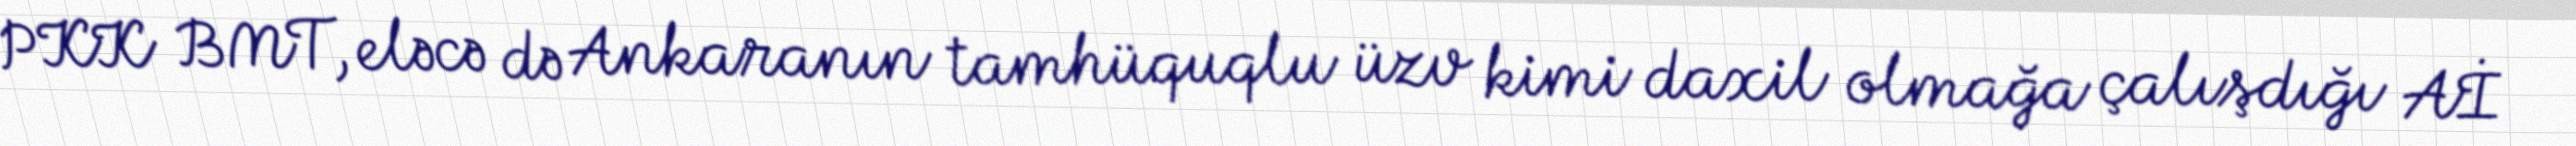
PKK BMT, eləcə də Ankaranın tamhüquqlu üzv kimi daxil olmağa çalışdığı Aİ